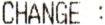
CHANGE :